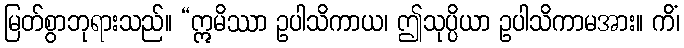
မြတ်စွာဘုရားသည်။ “ဣမိဿာ ဥပါသိကာယ၊ ဤသုပ္ပိယာ ဥပါသိကာမအား။ ကိံ၊